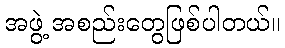
အဖွဲ့ အစည်းတွေဖြစ်ပါတယ်။